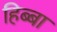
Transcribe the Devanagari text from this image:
हिब्बा